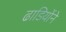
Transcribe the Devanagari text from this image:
ढाडियोंने